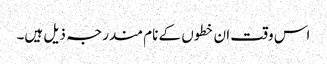
اس وقت ان خطوں کے نام مندرجہ ذیل ہیں۔